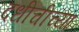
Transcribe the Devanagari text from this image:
दधीचीच्या